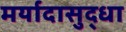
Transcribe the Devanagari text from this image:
मर्यादासुद्धा